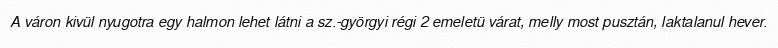
A váron kivül nyugotra egy halmon lehet látni a sz.-györgyi régi 2 emeletü várat, melly most pusztán, laktalanul hever.